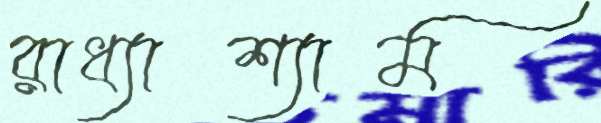
রাধ্যাশ্যাম